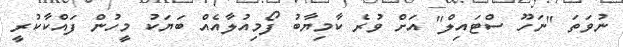
ނުވަތަ "ނަހޫ ސްޓައިލް" އަށް ވުރެ ކާމިޔާބު ފޯމިއުލާއެއް ބަޔަކު މީހުން ފައްކާކުރީ